Civil Veterinary Department. Madras. Admin. report 1910-25 - 1910-1925
Year: 1910
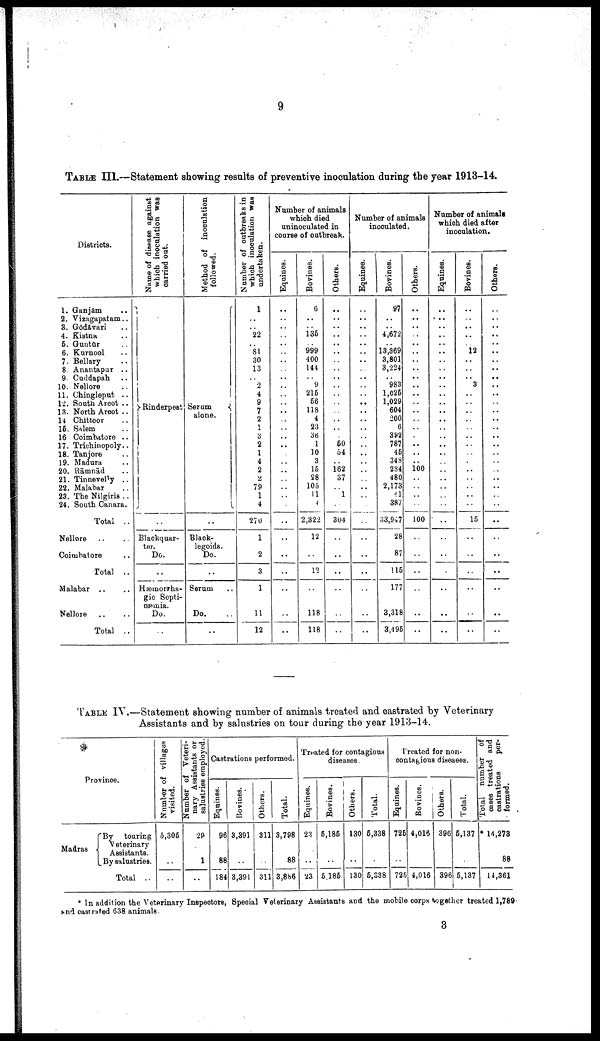
9
TABLE III.—Statement showing results of preventive inoculation during the year 1913-14.
Districts.
1. Ganjām ..
2. Vizagapatam ..
3. Gōdāvari ..
4. Kistna ..
5. Guntūr ..
6. Kurnool ..
7. Bellary ..
8. Anantapur ..
9. Cuddapah ..
10. Nellore ..
11. Chingleput ..
12. South Arcot ..
13. North Aroot ..
14 Chittoor ..
16. Salem
16 Coimbatore ..
17. Trichinopoly..
18. Tanjore ..
19. Madura,
20. Rāmnād ..
21. Tinnevelly ..
22. Malabar
23. The Nilgiris ..
24. South Canara.
Total ..
Nellore .. ..
Coimbatore ..
Total ..
Malabar .. ..
Nellore .. ..
Total ..
Name of disease against
which inoculation was
carried out.
Rinderpest
Blackquar-
ter.
Do.
..
Hæmorrha-
gio Septi
cæmia.
Do.
..
Method of inoculation
followed.
Serum
alone.
..
Blaok-
legoids.
Do.
..
Serum
Do.
..
Number of outbreaks in
which inoculation was
undertaken.
1
..
..
22
..
81
30
13
..
2
4
9
7
2
1
3
2
1
4
2
2
79
1
4
270
1
2
3
1
11
12
Number of animals
which died
uninoculated in
course of outbreak.
Equines.
..
..
..
..
..
..
..
..
..
..
..
..
..
..
..
..
..
..
..
..
..
..
..
..
..
..
..
..
..
..
Bovines.
6
..
..
135
..
999
400
144
..
9
215
56
118
4
23
36
1
10
3
15
28
105
11
4
2,322
12
..
12
..
118
118
Others.
..
..
..
..
..
..
..
..
..
..
..
..
..
..
..
50
54
..
162
37
.. 1
..
304
..
..
..
..
..
..
Number of animals
inoculated.
Equines.
..
..
..
..
..
..
..
..
..
..
..
..
..
..
..
..
..
..
..
..
..
..
..
..
..
..
..
..
..
..
Bovines.
97
..
..
4,672
..
13,369
3,801
3,224
983
1,025
1,029
604
200
6
392
787
45
348
284
480
2,173
41
387
33,947
28
87
115
177
3,318
3,495
Others.
..
..
..
..
..
..
..
..
..
..
..
..
..
..
..
..
..
..
..
100
..
..
..
..
100
..
..
..
..
..
..
Number of animals
which died after
inoculation.
Equines.
..
..
..
..
..
..
..
..
..
..
..
..
..
..
..
..
..
..
..
..
..
..
..
..
..
..
..
..
..
..
..
Bovines.
..
..
..
..
..
12
..
..
..
3
..
..
..
..
..
..
..
..
..
..
..
..
..
..
15
..
..
..
..
..
..
Others.
..
..
..
..
..
..
..
..
..
..
..
..
.. ..
..
..
..
..
..
..
..
..
..
..
..
..
..
..
..
TABLE IV.—Statement showing number of animals treated and castrated by Veterinary
Assistants and by salustries on tour during the year 1913-14.
Province.
Madras
By
touring
Veterinary
Assistants.
By salustries.
Total ..
Number of villages
visited.
5,305
..
..
Number of Veteri
nary Assistants or
salustries employed.
29
1
..
Castrations performed.
Equines.
96
88
184
Bovines.
3,391
..
3,391
Others.
311
..
311
Total.
3,798
88
3,886
Treated for contagious
diseases.
Equines.
23
..
23
Bovines.
5,185
..
5,185
Others.
130
..
130
Total.
6,338
..
5,338
Treated for non
contagious diseaees.
Equines.
726
..
725
Bovines.
4,016
..
4,016
Others.
396
..
396
Total.
6,137
..
5,137
Total number of
cases treated and
castrations
per-
formed.
* 14,273
88
14,361
* In addition the Veterinary Inspectors, Special Veterinary Assistants and the mobile corps together treated 1,789-
and castrated 638 animals
3